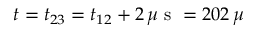
t = t _ { 2 3 } = t _ { 1 2 } + 2 \, \mu \mathrm { ~ s ~ } = 2 0 2 \, \mu